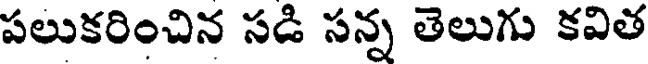
పలుకరించిన సడి సన్న తెలుగు కవిత